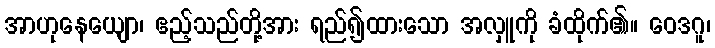
အာဟုနေယျော၊ ဧည့်သည်တို့အား ရည်၍ထားသော အလှူကို ခံထိုက်၏။ ဝေဒဂူ၊